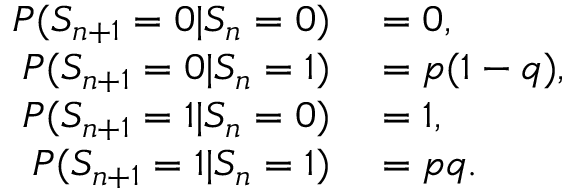
\begin{array} { r l } { P ( S _ { n + 1 } = 0 | S _ { n } = 0 ) } & { { } = 0 , } \\ { P ( S _ { n + 1 } = 0 | S _ { n } = 1 ) } & { { } = p ( 1 - q ) , } \\ { P ( S _ { n + 1 } = 1 | S _ { n } = 0 ) } & { { } = 1 , } \\ { P ( S _ { n + 1 } = 1 | S _ { n } = 1 ) } & { { } = p q . } \end{array}